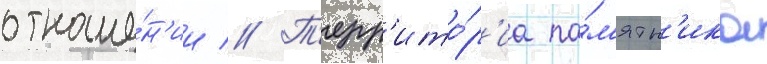
отноше́н'ии // Т'ерр'ито́р'иа па́м'ятн'ика